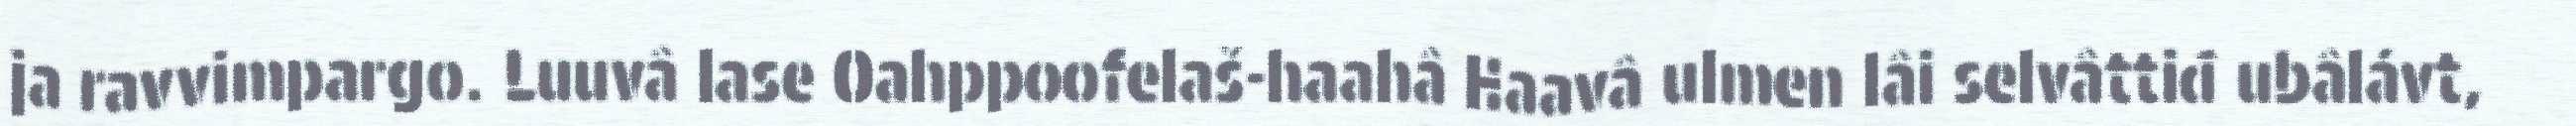
ja ravvimpargo. Luuvâ lase Oahppoofelaš-haahâ Haavâ ulmen lâi selvâttiđ ubâlávt,